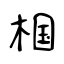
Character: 椢